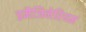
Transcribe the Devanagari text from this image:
इमैजिनेरियम